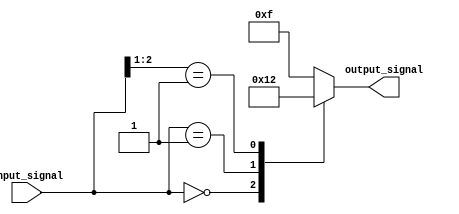
module conditional_logic (
    input wire [2:0] input_signal,
    output reg [3:0] output_signal
);

always @* begin
    casez(input_signal)
        3'b000: output_signal = 4'b0000; // if input_signal is "000"
        3'b001: output_signal = 4'b0001; // if input_signal is "001"
        3'b01?: output_signal = 4'b0010; // if input_signal is "010" or "011"
        default: output_signal = 4'b1111; // for all other cases
    endcase
end

endmodule